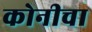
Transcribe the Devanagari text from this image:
कोनीचा